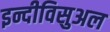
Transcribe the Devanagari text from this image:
इन्दीविसुअल